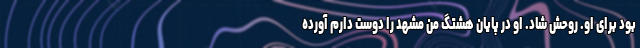
بود برای او. روحش شاد. او در پایان هشتگ من مشهد را دوست دارم آورده